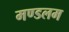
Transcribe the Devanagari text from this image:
मण्डलम